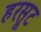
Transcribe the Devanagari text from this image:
हरसूट